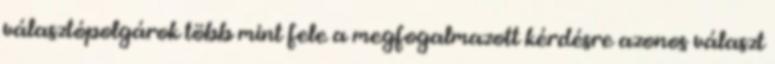
választópolgárok több mint fele a megfogalmazott kérdésre azonos választ